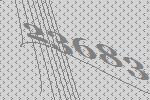
23683